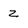
Character: z